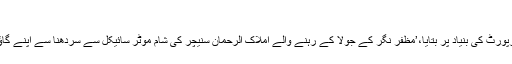
’
پانڈے نے درج رپورٹ کی بنیاد پر بتایا،’مظفر نگر کے جولا کے رہنے والے املاک الرحمان سنیچر کی شام موٹر سائیکل سے سردھنا سے اپنے گاؤں جا رہے تھے۔